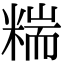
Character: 𥻁